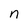
Character: n